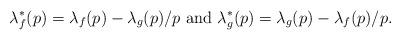
LaTeX: \begin{align*} \lambda_f^{\ast}(p)=\lambda_f(p)-\lambda_{g}(p)/p\hbox{ and } \lambda^\ast_{g}(p)=\lambda_{g}(p)-\lambda_f(p)/p.\end{align*}